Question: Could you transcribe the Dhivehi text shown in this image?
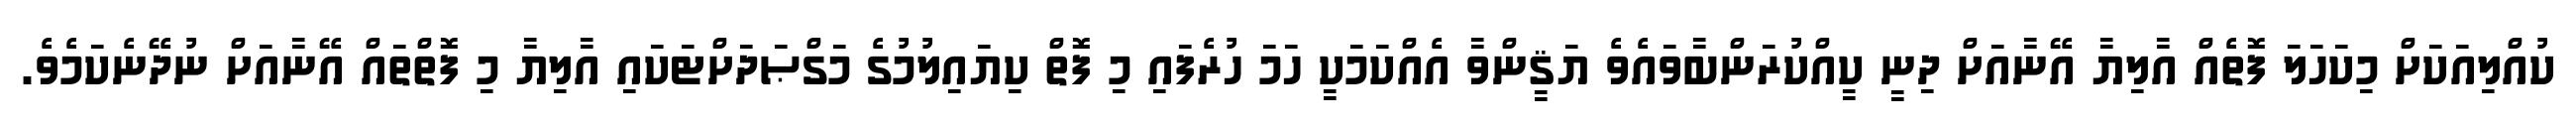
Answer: ކުއްލިއަކަށް މިކަހަލަ ފޮތެއް އާލިޔާ އޭނާއަށް ދިނީ ކީއްކުރަންބާވައެވެ ޔަޤީންވާ އެއްކަމަކީ ހަމަ ހުރެފައި މި ފޮތް ކިޔައިލުމުގެ މަގްޞަދަށްޓަކައި އާލިޔާ މި ފޮތްތައް އޭނާއަށް ނުދޭނެކަމެވެ.